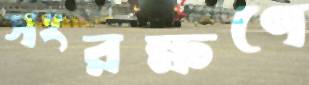
সংরক্ষণে